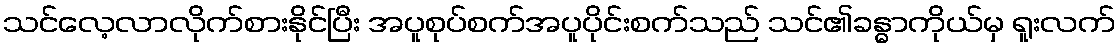
သင်လေ့လာလိုက်စားနိုင်ပြီး အပူစုပ်စက်အပူပိုင်းစက်သည် သင်၏ခန္ဓာကိုယ်မှ ရူးလက်